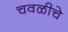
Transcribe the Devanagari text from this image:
चवळीचे